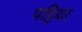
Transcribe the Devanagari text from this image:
पट्टिया